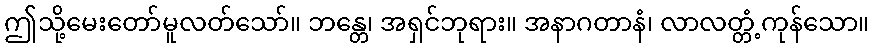
ဤသို့မေးတော်မူလတ်သော်။ ဘန္တေ၊ အရှင်ဘုရား။ အနာဂတာနံ၊ လာလတ္တံ့ကုန်သော။